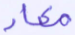
معاد